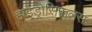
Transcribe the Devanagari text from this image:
हाइड्रोसिफलस